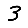
Digit: 3